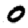
Digit: 0